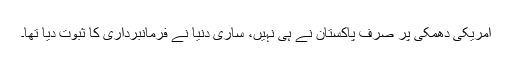
امریکی دھمکی پر صرف پاکستان نے ہی نہیں، ساری دنیا نے فرمانبرداری کا ثبوت دیا تھا۔